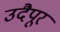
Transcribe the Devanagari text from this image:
उदैपूर